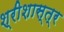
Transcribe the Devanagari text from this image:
श्रीशास्त्र